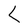
Character: L